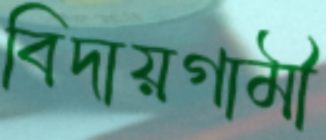
বিদায়গামী